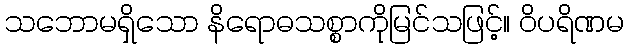
သဘောမရှိသော နိရောဓသစ္စာကိုမြင်သဖြင့်။ ဝိပရိဏမ